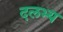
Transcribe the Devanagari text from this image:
दलभ्य